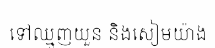
ទៅឈ្មួញយួន និងសៀមយ៉ាង